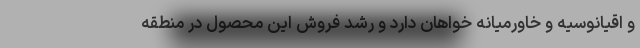
و اقیانوسیه و خاورمیانه خواهان دارد و رشد فروش این محصول در منطقه